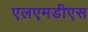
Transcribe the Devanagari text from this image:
एलएमडीएस